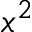
x ^ { 2 }